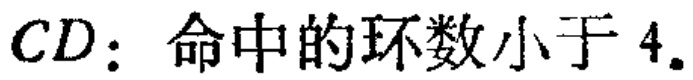
$CD$：命中的环数小于$4$。